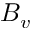
B _ { v }